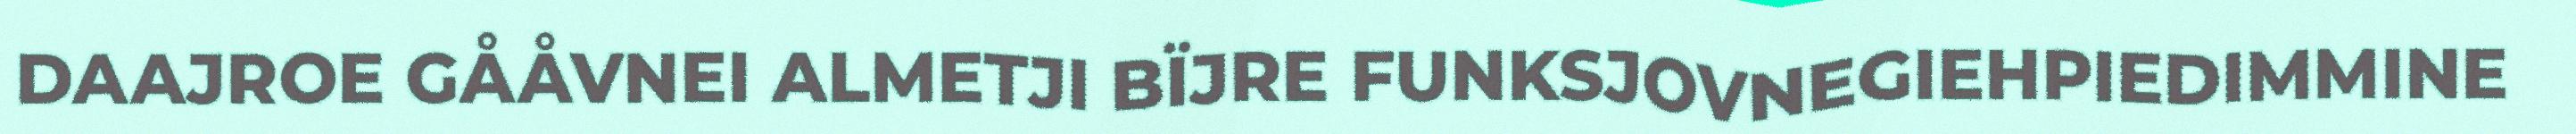
DAAJROE GÅÅVNEI ALMETJI BÏJRE FUNKSJOVNEGIEHPIEDIMMINE